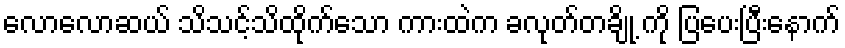
လောလောဆယ် သိသင့်သိထိုက်သော ကားထဲက ခလုတ်တချို့ ကို ပြပေးပြီးနောက်